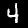
Label: 4